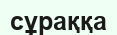
сұраққа